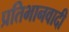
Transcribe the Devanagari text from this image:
प्रतिभानवादी